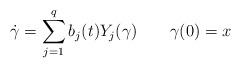
LaTeX: \begin{align*} \dot\gamma=\sum_{j=1}^q b_j(t) Y_j(\gamma)\quad\quad\gamma(0)=x \end{align*}